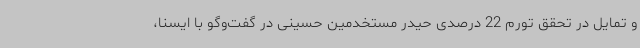
و تمایل در تحقق تورم 22 درصدی حیدر مستخدمین حسینی در گفت‌وگو با ایسنا،